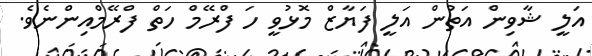
އަލީ ޝާވިން އަތުން އަލީ ފަޔާޒް މޮޅުވީ ހަ ފްރޭމް ހަތް ފްރޭމްއިންނެވެ.